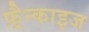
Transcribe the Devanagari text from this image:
फ़्रैन्काइज